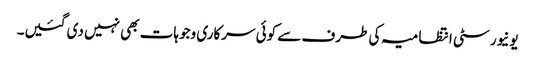
یونیورسٹی انتظامیہ کی طرف سے کوئی سرکاری وجوہات بھی نہیں دی گئیں۔